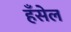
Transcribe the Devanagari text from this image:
हँसेल